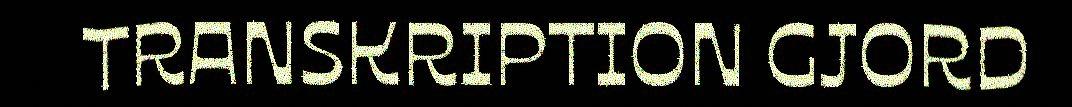
TRANSKRIPTION GJORD